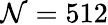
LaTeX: \mathcal{N}=512